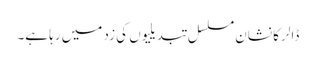
ڈالر کا نشان مسلسل تبدیلیوں کی زد میں رہا ہے۔